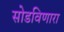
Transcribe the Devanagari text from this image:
सोडविणारा